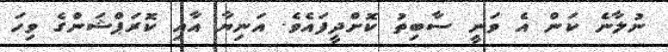
ނުލާނެ ކަން އެ ވަނީ ސާބިތު ކޮށްދީފައެވެ. އަނިޔާ އާއި ކޮރަޕްޝަންގެ ވިހަ